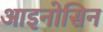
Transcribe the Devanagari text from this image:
आइनोसिन